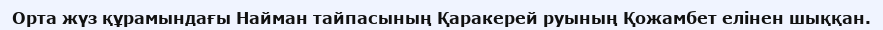
Орта жүз құрамындағы Найман тайпасының Қаракерей руының Қожамбет елінен шыққан.